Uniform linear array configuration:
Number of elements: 48
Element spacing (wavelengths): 0.25
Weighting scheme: blackman
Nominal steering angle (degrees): -15
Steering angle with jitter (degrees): -15.337
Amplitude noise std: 0.05
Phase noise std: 0.05

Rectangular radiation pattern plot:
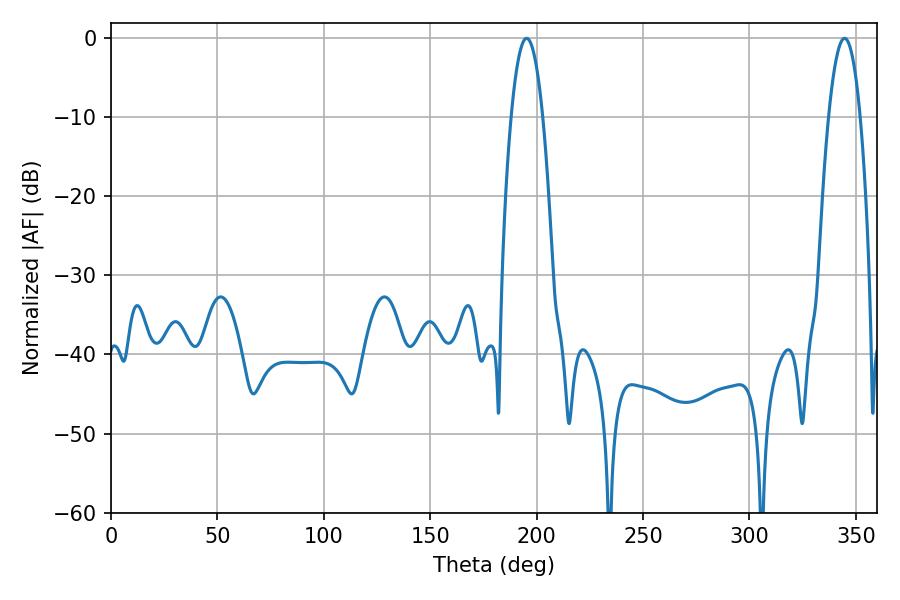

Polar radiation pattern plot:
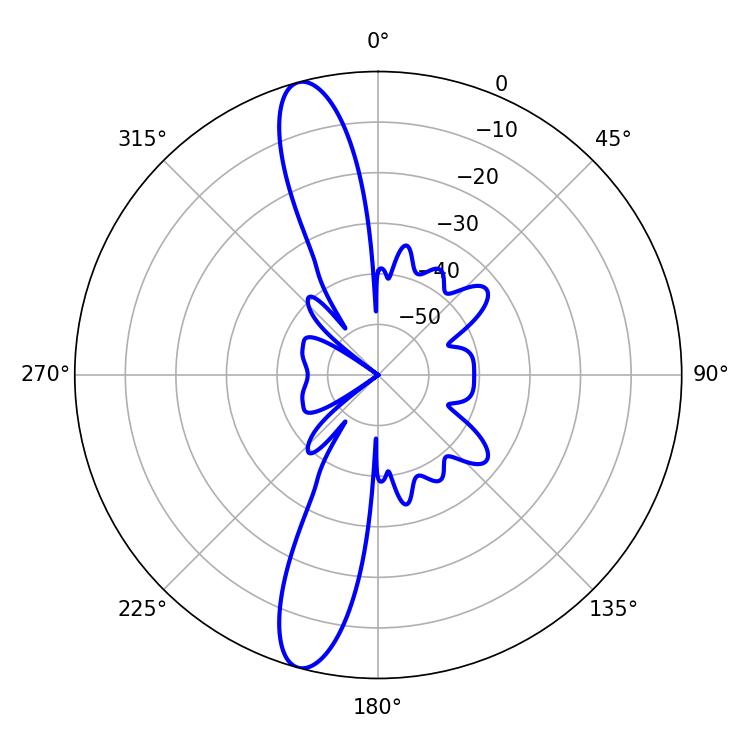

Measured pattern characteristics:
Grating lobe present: FALSE
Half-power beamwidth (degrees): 8.28
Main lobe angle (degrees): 195.3